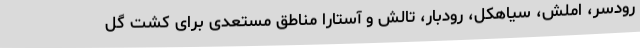
رودسر، املش، سیاهکل، رودبار، تالش و آستارا مناطق مستعدی برای کشت گل